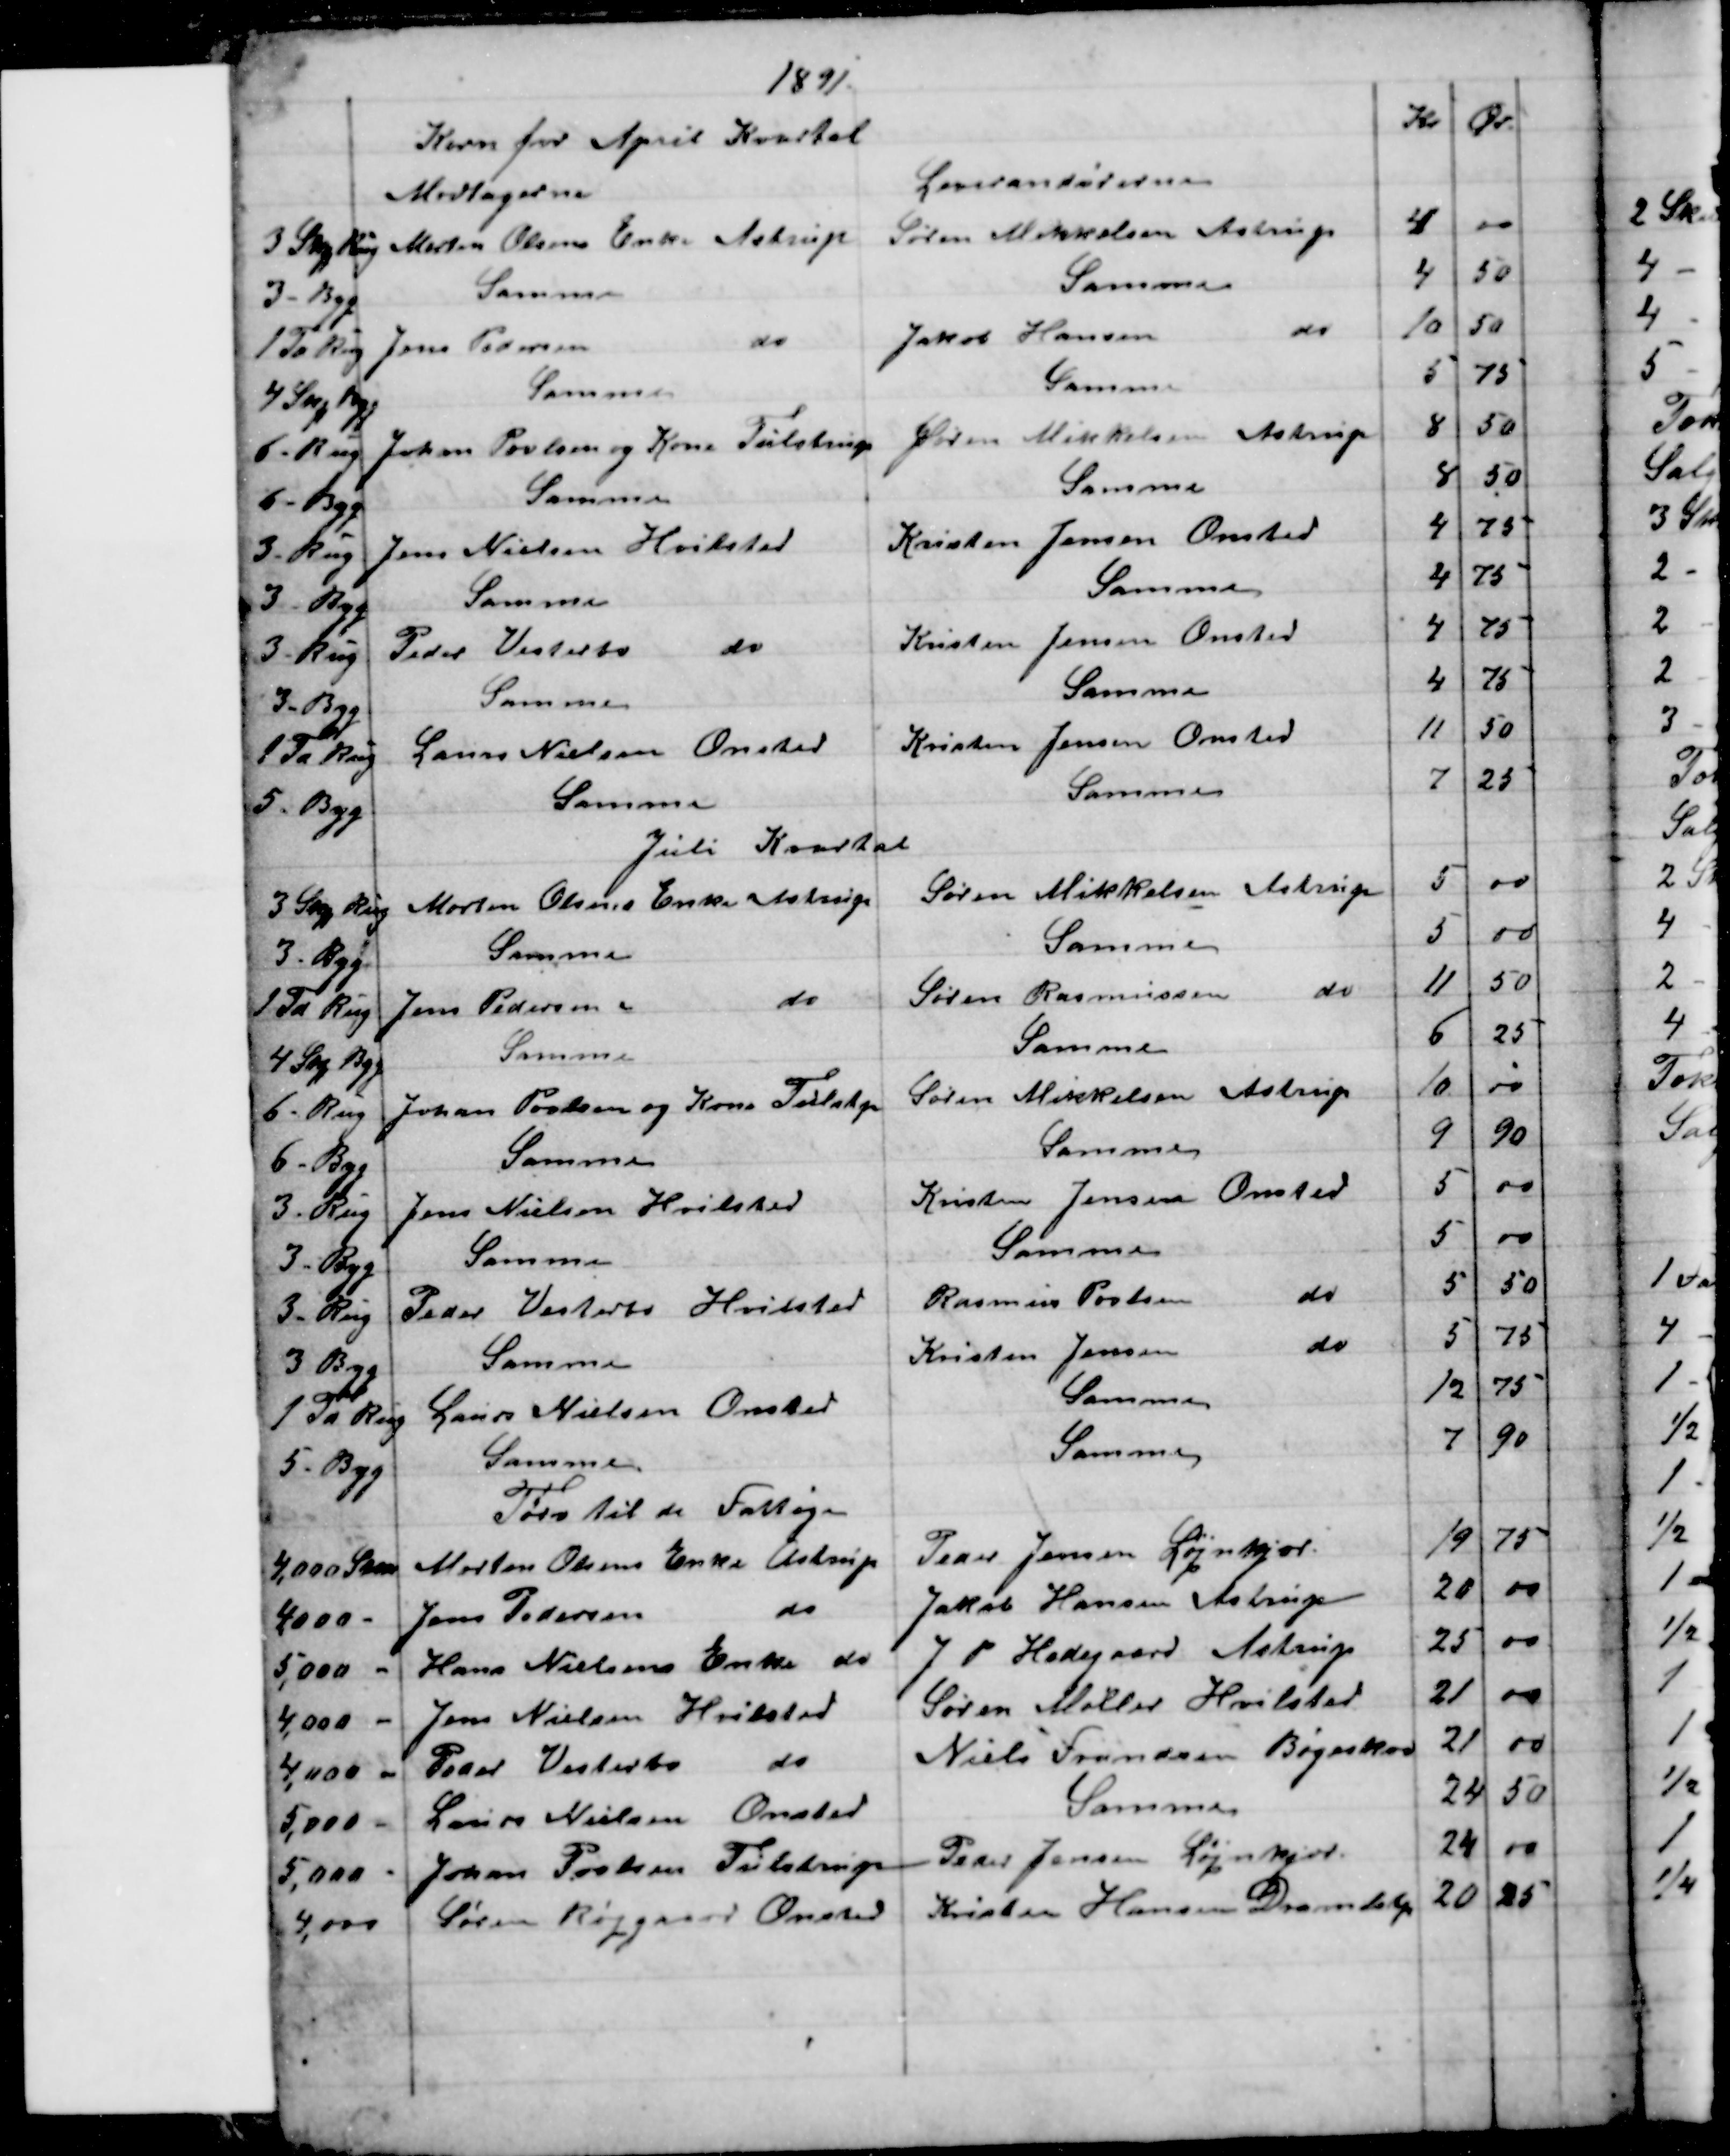
Transskription:
1891
Korn for April Kvartal
Kr
Ør.
Modtagerne
Leverandørerne
3 Skp Rug 
Morten Olsens Enke Astrup
Søren Mikkelsen Astrup
4
00
3 - Byg
Samme
Samme
4
50
1 Td Rug
Jens Pedersen 
do
Jakob Hansen 
do
10
50
4 Skp Byg
Samme
Samme
5
75
6 - Rug
Johan Povlsen og Kone Tulstrup
Søren Mikkelsen Astrup
8
50
6 - Byg
Samme
Samme
8
50
3 - Rug
Jens Nielsen Hvilsted
Kristen Jensen Onsted
4
75
3 - Byg
Samme
Samme
4
75
3 - Rug
Peder Vesterbo do
do
Kristen Jensen Onsted
4
75
3 - Byg
Samme
Samme
4
75
1 Td Rug
Laurs Nielsen Onsted
Kristen Jensen Onsted
11
50
5 - Byg
Samme
Samme
7
25
Juli Kvartal
3 Skp Rug
Morten Olsens Enke Astrup
Søren Mikkelsen Astrup
5
00
3 - Byg
Samme
Samme
5
00
1Td Byg
Jens Pedersen  
do
Søren Rasmussen 
do
11
50
4 Skp Byg
Samme
Samme
6
25
6 - Rug
Johan Povlsen og Kone Tulstrup
Søren Mikkelsen Astrup
10
00
6 - Byg
Samme
Samme
9
90
3 - Rug
Jens Nielsen Hvilsted
Kristen Jensen Onsted
5
00
3 - Byg
Samme
Samme
5
00
3 - Rug
Peder Vesterbo Hvilsted
Rasmus Povlsen 
do
5
50
3 Byg
Samme
Kristen Jensen 
do
5
75
1 Td Rug
Laurs Nielsen Onsted
Samme
12
75
5 - Byg
Samme
Samme
7
90
Tørv til de Fattige
4000 S
Morten Olsens Enke Astrup
Peder Jensen Løjnkjær
19
75
4000 -
Jens Pedersen 
do
Jakob Hansen Astrup
20
00
5,000 -
Hans Nielsens Enke do
J P. Hedegaard Astrup
25
00
4,000 -
Jens Nielsen Hvilsted
Søren Møller Hvilsted
21
00
4,000 -
Peder Vesterbo 
do
Niels Frandsen Bøgeskov
21
00
5000 -
Laurs Nielsen Onsted
Samme
24
50
5,000 -
Johan Povlsen Tulstrup
Peder Jensen Løjnkjær
24
00
4,000
Søren Røjgaard Onsted
Kristen Hansen Drammelstrup
 20
25